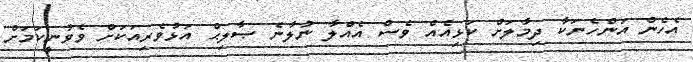
އެހެން އަންހެނަކާ ދިމާލަށް ކަޅިއެއް ވެސް އެއްލާ ނުލާނެ ޞާލިޙް އަޅުވެރިއަކަށް ވެވުނީކަމަށް